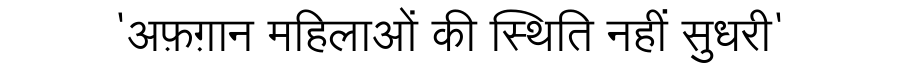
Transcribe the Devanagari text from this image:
'अफ़ग़ान महिलाओं की स्थिति नहीं सुधरी'